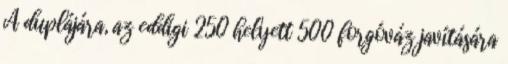
A duplájára, az eddigi 250 helyett 500 forgóváz javítására